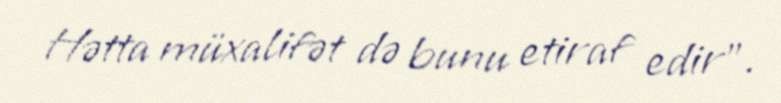
Hətta müxalifət də bunu etiraf edir”.